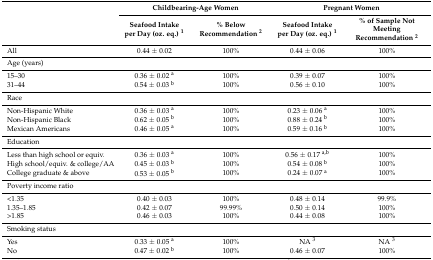
<table><thead><tr><td rowspan="2"></td><td colspan="2"><b>Childbearing-Age Women</b></td><td colspan="2"><b>Pregnant Women</b></td></tr><tr><td><b>Seafood Intake per Day (oz. eq.) <sup>1</sup></b></td><td><b>% Below Recommendation <sup>2</sup></b></td><td><b>Seafood Intake per Day (oz. eq.) <sup>1</sup></b></td><td><b>% of Sample Not Meeting Recommendation <sup>2</sup></b></td></tr></thead><tbody><tr><td>All</td><td>0.44 ± 0.02</td><td>100%</td><td>0.44 ± 0.06</td><td>100%</td></tr><tr><td>Age (years)</td><td></td><td></td><td></td><td></td></tr><tr><td>15–30</td><td>0.36 ± 0.02 <sup>a</sup></td><td>100%</td><td>0.39 ± 0.07 </td><td>100%</td></tr><tr><td>31–44</td><td>0.54 ± 0.03 <sup>b</sup></td><td>100%</td><td>0.56 ± 0.10 </td><td>100%</td></tr><tr><td>Race </td><td></td><td></td><td></td><td></td></tr><tr><td>Non-Hispanic White</td><td>0.36 ± 0.03 <sup>a</sup></td><td>100%</td><td>0.23 ± 0.06 <sup>a</sup></td><td>100%</td></tr><tr><td>Non-Hispanic Black</td><td>0.62 ± 0.05 <sup>b</sup></td><td>100%</td><td>0.88 ± 0.24 <sup>b</sup></td><td>100%</td></tr><tr><td>Mexican Americans</td><td>0.46 ± 0.05 <sup>a</sup></td><td>100%</td><td>0.59 ± 0.16 <sup>b</sup></td><td>100%</td></tr><tr><td>Education</td><td></td><td></td><td></td><td></td></tr><tr><td>Less than high school or equiv.</td><td>0.36 ± 0.03 <sup>a</sup></td><td>100%</td><td>0.56 ± 0.17 <sup>a,b</sup></td><td>100%</td></tr><tr><td>High school/equiv. &amp; college/AA</td><td>0.45 ± 0.03 <sup>b</sup></td><td>100%</td><td>0.54 ± 0.08 <sup>b</sup></td><td>100%</td></tr><tr><td>College graduate &amp; above</td><td>0.53 ± 0.05 <sup>b</sup></td><td>100%</td><td>0.24 ± 0.07 <sup>a</sup></td><td>100%</td></tr><tr><td>Poverty income ratio</td><td></td><td></td><td></td><td></td></tr><tr><td>&lt;1.35</td><td>0.40 ± 0.03 </td><td>100%</td><td>0.48 ± 0.14 </td><td>99.9%</td></tr><tr><td>1.35–1.85</td><td>0.42 ± 0.07 </td><td>99.99%</td><td>0.50 ± 0.14 </td><td>100%</td></tr><tr><td>&gt;1.85</td><td>0.46 ± 0.03 </td><td>100%</td><td>0.44 ± 0.08 </td><td>100%</td></tr><tr><td>Smoking status</td><td></td><td></td><td></td><td></td></tr><tr><td>Yes</td><td>0.33 ± 0.05 <sup>a</sup></td><td>100%</td><td>NA <sup>3</sup></td><td>NA <sup>3</sup></td></tr><tr><td>No</td><td>0.47 ± 0.02 <sup>b</sup></td><td>100%</td><td>0.46 ± 0.07</td><td>100%</td></tr></tbody></table>